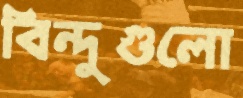
বিন্দুগুলো